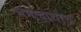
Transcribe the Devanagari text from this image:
समत्वाचाच